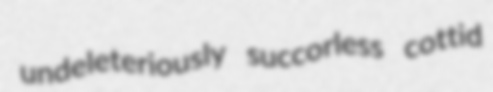
undeleteriously succorless cottid